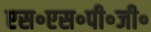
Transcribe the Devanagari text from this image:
एस॰एस॰पी॰जी॰